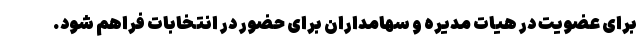
برای عضویت در هیات مدیره و سهامداران برای حضور در انتخابات فراهم شود.